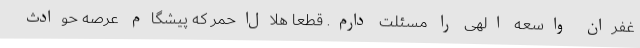
غفران واسعه الهی را مسئلت دارم. قطعاً هلال‌احمر که پیشگام عرصه حوادث